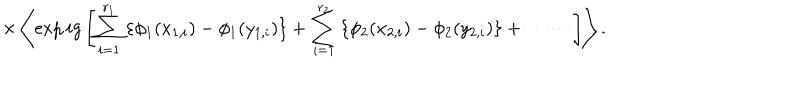
LaTeX: \times \left\langle \exp i g \left[ \sum _ { i = 1 } ^ { r _ { 1 } } \left\{ \phi _ { 1 } ( x _ { 1 , i } ) - \phi _ { 1 } ( y _ { 1 , i } ) \right\} + \sum _ { i = 1 } ^ { r _ { 2 } } \left\{ \phi _ { 2 } ( x _ { 2 , i } ) - \phi _ { 2 } ( y _ { 2 , i } ) \right\} + \cdots \cdots \right] \right\rangle .